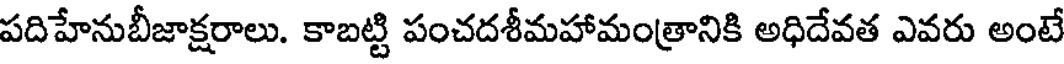
పదిహేనుబీజాక్షరాలు. కాబట్టి పంచదశీమహామంత్రానికి అధిదేవత ఎవరు అంటే